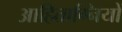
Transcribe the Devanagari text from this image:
आहिताग्नियों